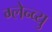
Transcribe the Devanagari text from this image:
ग्लेन्व्यु